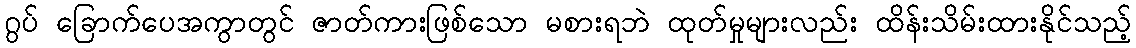
ဂွပ် ခြောက်ပေအကွာတွင် ဇာတ်ကားဖြစ်သော မစားရဘဲ ထုတ်မှုများလည်း ထိန်းသိမ်းထားနိုင်သည့်